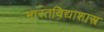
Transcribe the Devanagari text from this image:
भारतविद्याशास्त्र